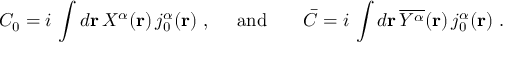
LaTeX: { \cal C } _ { 0 } = i \, \int d { \bf { r } } \, { \textstyle { \cal X } ^ { \alpha } } ( { \bf r } ) \, j _ { 0 } ^ { \alpha } ( { \bf r } ) \; , \; \; \; \; \; \mathrm { a n d } \; \; \; \; \; \; \; { \bar { \cal C } } = i \, \int d { \bf { r } } \, \overline { { { { \cal Y } ^ { \alpha } } } } ( { \bf r } ) \, j _ { 0 } ^ { \alpha } ( { \bf r } ) \; .